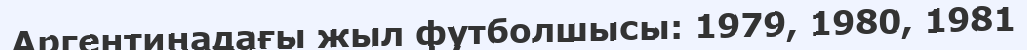
Аргентинадағы жыл футболшысы: 1979, 1980, 1981